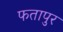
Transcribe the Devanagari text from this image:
फतापुर